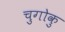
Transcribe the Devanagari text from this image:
चुगोकु